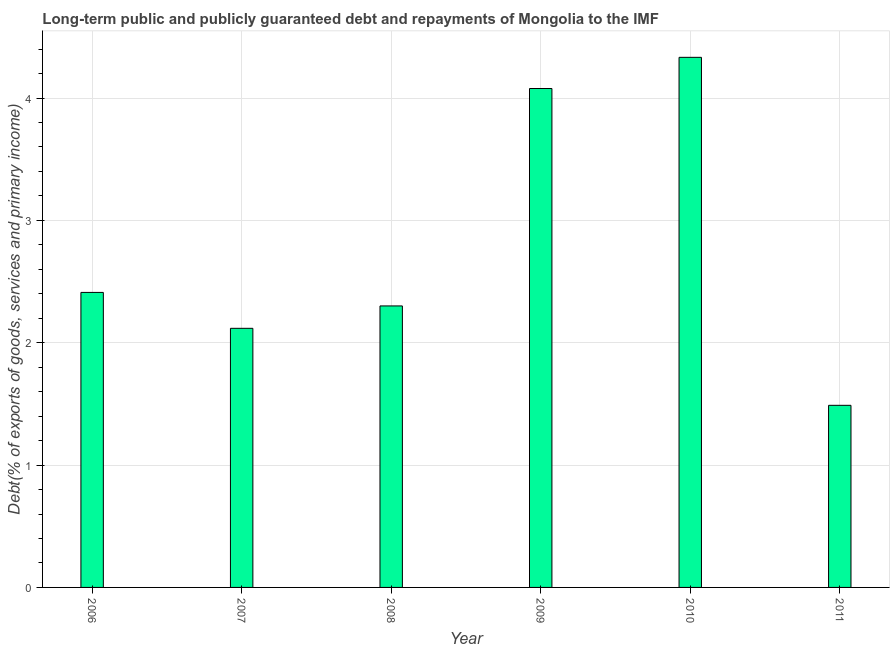
| Year | Debt service (PPG and IMF only) |
 | --- | --- |
 | 2006 | 2.41 |
 | 2007 | 2.12 |
 | 2008 | 2.3 |
 | 2009 | 4.08 |
 | 2010 | 4.33 |
 | 2011 | 1.49 |